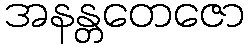
အနန္တတေဇော